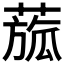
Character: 𦹭